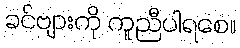
ခင်ဗျားကို ကူညီပါရစေ။